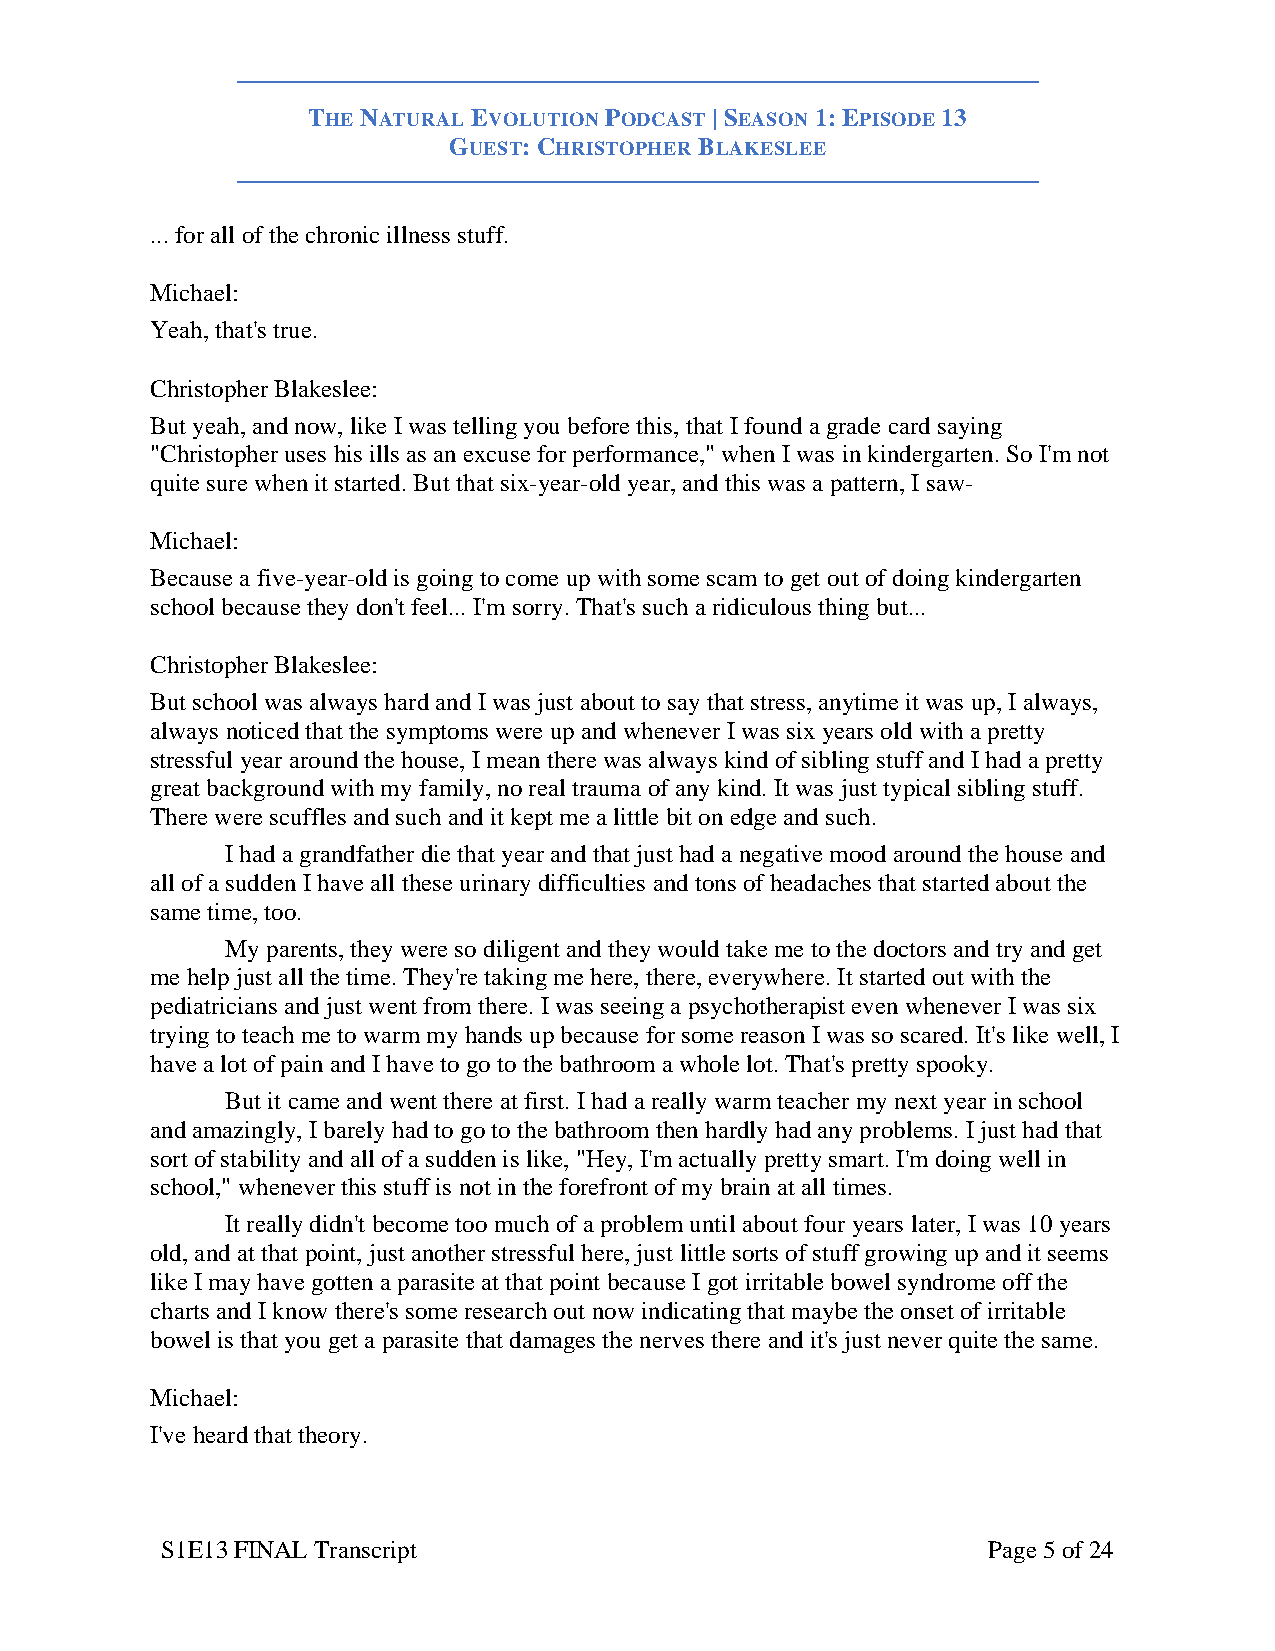
THE NATURAL EVOLUTION PODCAST | SEASON 1: EPISODE 13
 GUEST: CHRISTOPHER BLAKESLEE
 ... for all of the chronic illness stuff.
 Michael:
 Yeah, that's true.
 Christopher Blakeslee:
 But yeah, and now, like I was telling you before this, that I found a grade card saying
 "Christopher uses his ills as an excuse for performance," when I was in kindergarten. So I'm not
 quite sure when it started. But that six-year-old year, and this was a pattern, I saw-
 Michael:
 Because a five-year-old is going to come up with some scam to get out of doing kindergarten
 school because they don't feel... I'm sorry. That's such a ridiculous thing but...
 Christopher Blakeslee:
 But school was always hard and I was just about to say that stress, anytime it was up, I always,
 always noticed that the symptoms were up and whenever I was six years old with a pretty
 stressful year around the house, I mean there was always kind of sibling stuff and I had a pretty
 great background with my family, no real trauma of any kind. It was just typical sibling stuff.
 There were scuffles and such and it kept me a little bit on edge and such.
 I had a grandfather die that year and that just had a negative mood around the house and
 all of a sudden I have all these urinary difficulties and tons of headaches that started about the
 same time, too.
 My parents, they were so diligent and they would take me to the doctors and try and get
 me help just all the time. They're taking me here, there, everywhere. It started out with the
 pediatricians and just went from there. I was seeing a psychotherapist even whenever I was six
 trying to teach me to warm my hands up because for some reason I was so scared. It's like well, I
 have a lot of pain and I have to go to the bathroom a whole lot. That's pretty spooky.
 But it came and went there at first. I had a really warm teacher my next year in school
 and amazingly, I barely had to go to the bathroom then hardly had any problems. I just had that
 sort of stability and all of a sudden is like, "Hey, I'm actually pretty smart. I'm doing well in
 school," whenever this stuff is not in the forefront of my brain at all times.
 It really didn't become too much of a problem until about four years later, I was 10 years
 old, and at that point, just another stressful here, just little sorts of stuff growing up and it seems
 like I may have gotten a parasite at that point because I got irritable bowel syndrome off the
 charts and I know there's some research out now indicating that maybe the onset of irritable
 bowel is that you get a parasite that damages the nerves there and it's just never quite the same.
 Michael:
 I've heard that theory.
 S1E13 FINAL Transcript                                Page 5 of 24